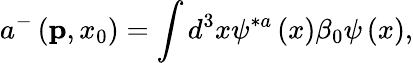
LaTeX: a^{-}\left({\mathbf p},x_{0}\right)=\int d^{3}x\psi^{\ast a}\left(x\right)\beta_{0}\psi\left(x\right),